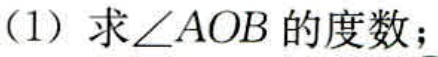
(1) 求\(\angle AOB\)的度数；